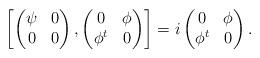
LaTeX: \begin{align*}\left[\begin{pmatrix} \psi &0\\ 0& 0\end{pmatrix},\begin{pmatrix} 0 & \phi\\ \phi^t&0\end{pmatrix}\right]=i\begin{pmatrix} 0 & \phi\\ \phi^t&0\end{pmatrix}.\end{align*}